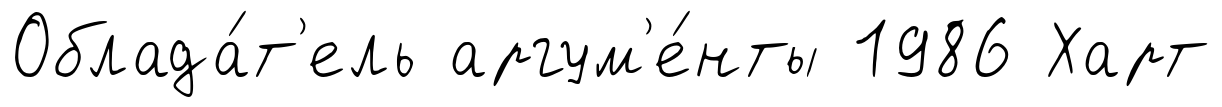
Облада́т'ель аргум'е́нты 1986 Харт